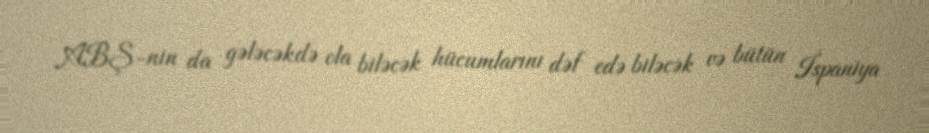
ABŞ-nin da gələcəkdə ola biləcək hücumlarını dəf edə biləcək və bütün İspaniya